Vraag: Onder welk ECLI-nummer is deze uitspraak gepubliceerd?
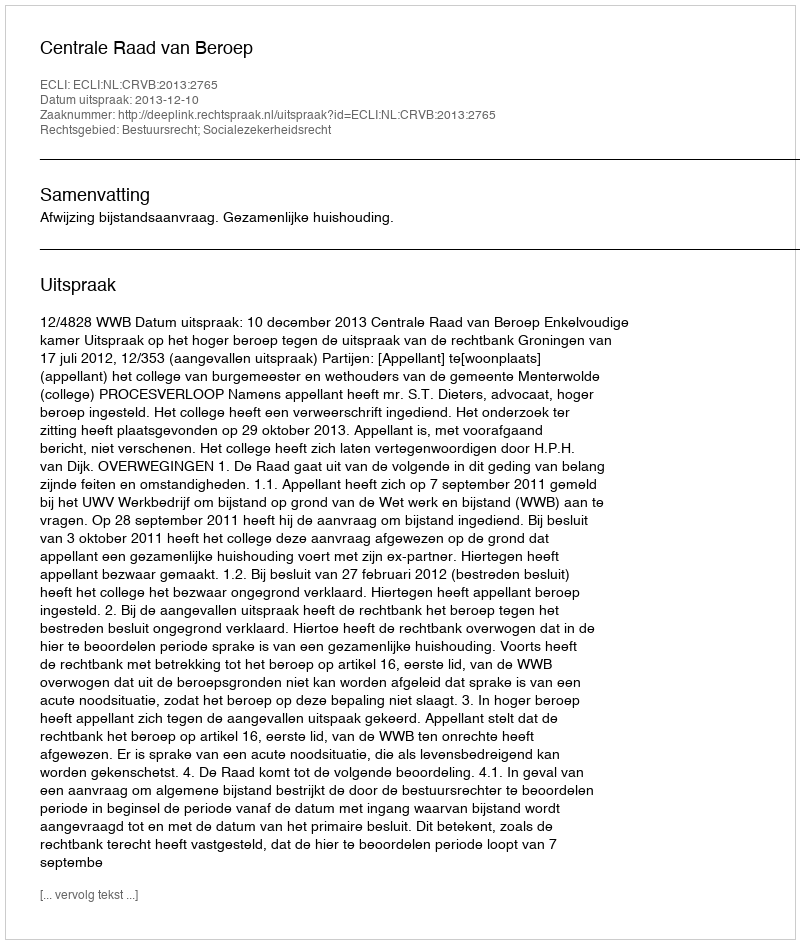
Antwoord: ECLI:NL:CRVB:2013:2765